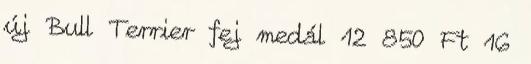
új Bull Terrier fej medál 12 850 Ft 16